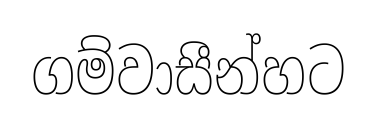
ගම්වාසීන්හට